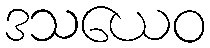
ဒသယေဝ